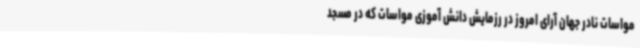
مواسات نادر جهان آرای امروز در رزمایش دانش آموزی مواسات که در مسجد